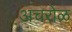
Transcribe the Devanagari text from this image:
अचरोळ